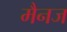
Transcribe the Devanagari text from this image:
मैनज